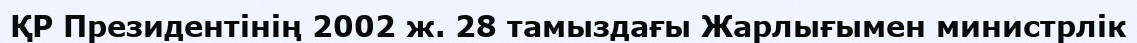
ҚР Президентінің 2002 ж. 28 тамыздағы Жарлығымен министрлік